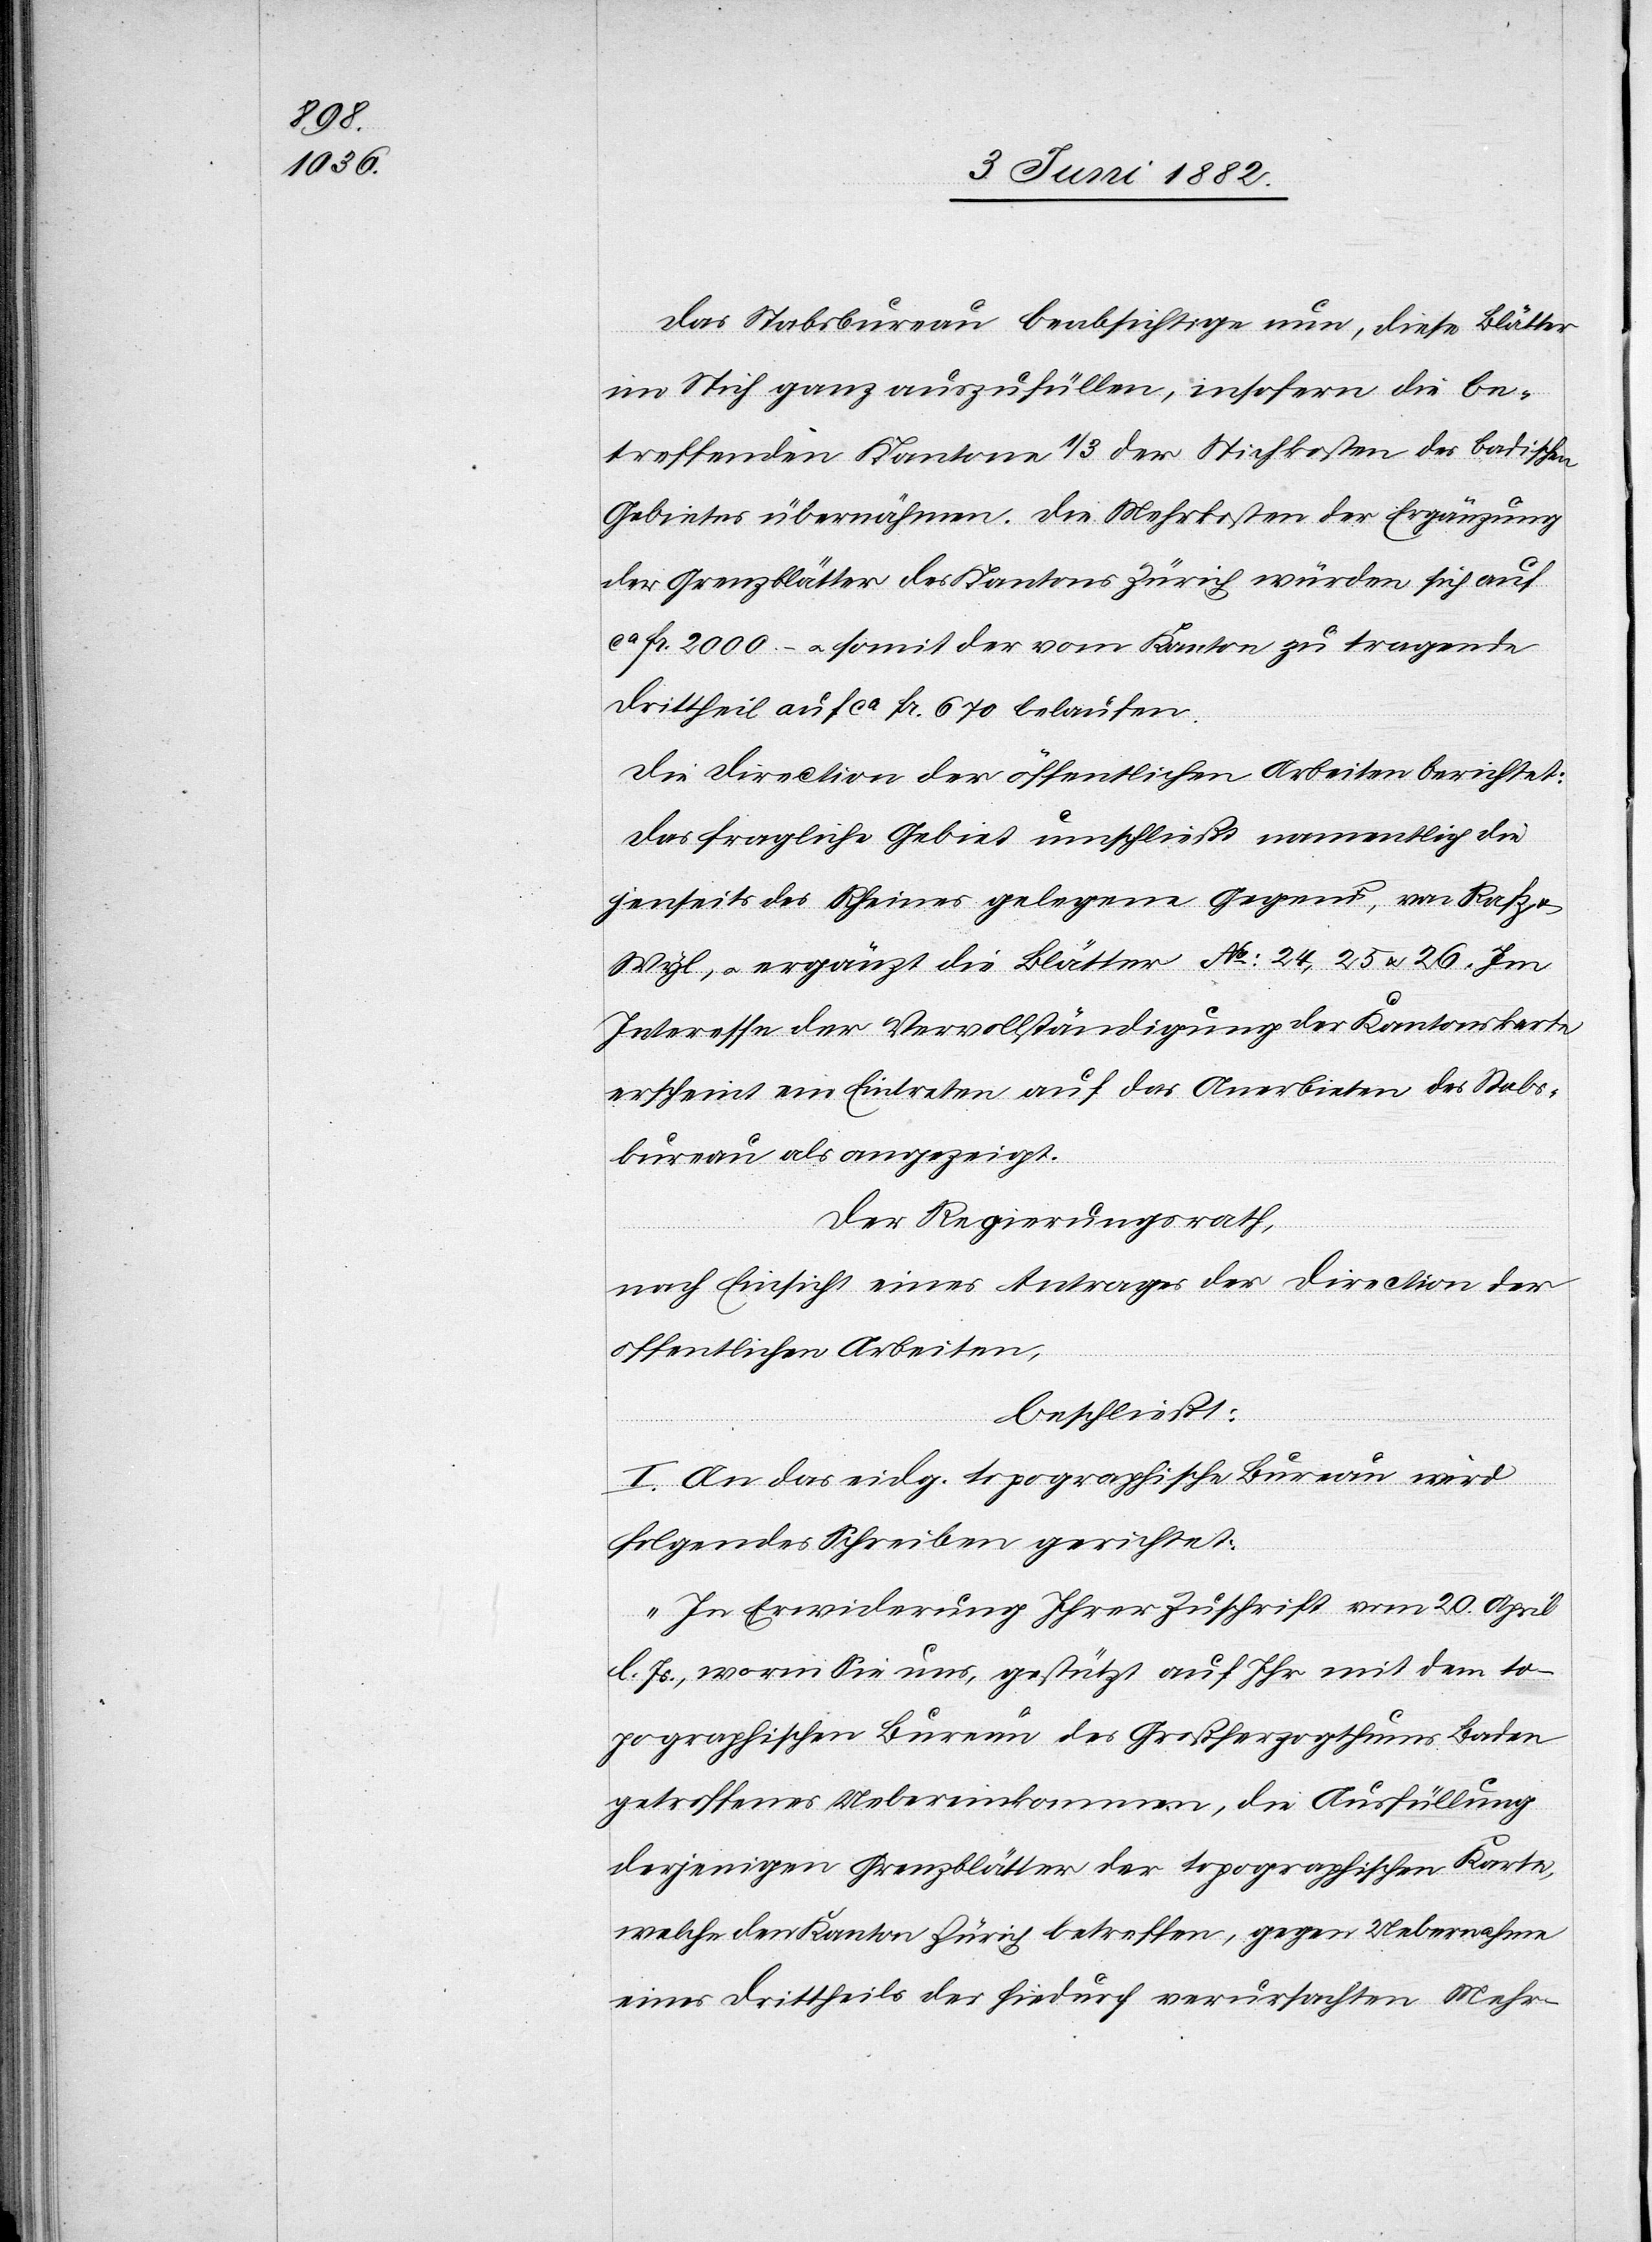
Das Stabsbureau beabsichtige nun, diese Blätter
im Stich ganz auszufüllen, insofern die be¬
treffenden Kantone 1/3 der Stichkosten des badischen
Gebietes übernähmen. Die Mehrkosten der Ergänzung
der Grenzblätter des Kantons Zürich würden sich auf
ca Fr. 2000.– u. somit der vom Kanton zu tragende
Drittheil auf ca Fr. 670 belaufen.
Die Direction der öffentlichen Arbeiten berichtet:
Das fragliche Gebiet umschließt namentlich die
jenseits des Rheines gelegene Gegend, von Rafz
Wyl, u. ergänzt die Blätter No: 24, 25, u. 26. Im
Interesse der Vervollständigung der Kantonskarte
erscheint ein Eintreten auf das Anerbieten des Stabs¬
bureau als angezeigt.
Der Regierungsrath,
nach Einsicht eines Antrages der Direction der
öffentlichen Arbeiten,
beschließt:
I. An das eidg. topographische Bureau wird
folgendes Schreiben gerichtet:
„In Erwiderung Ihrer Zuschrift vom 20. April
l. Js., worin Sie uns, gestützt auf Ihr mit dem to¬
pographischen Bureau des Großherzogthums Baden
getroffenes Uebereinkommen, die Ausfüllung
derjenigen Grenzblätter der topographischen Karte,
welche den Kanton Zürich betreffen, gegen Uebernahme
eines Drittheils der hiedurch verursachten Mehr-